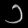
Digit: ၁